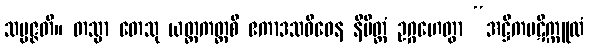
သမ္ပဇ္ဇတိ။ တသ္မာ တေသု ယတ္ထကတ္ထစိ ဧကာဒသဝိဓေန နိမိတ္တံ ဥဂ္ဂဟေတွာ “အဋ္ဌိကပဋိက္ကူလံ